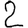
Digit: 2